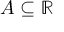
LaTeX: A \subseteq \mathbb { R }